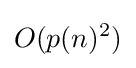
O(p(n)^{2})